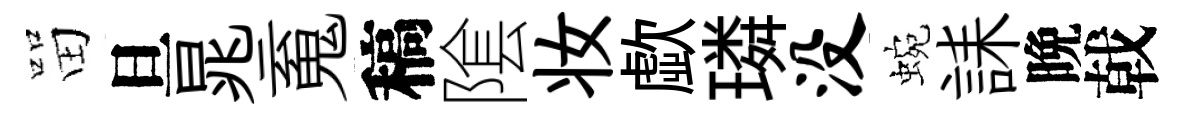
㽞旦晁䰟稿隂妆歔璘没蜿誄晩戟